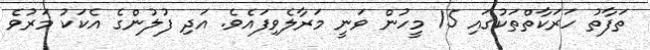
ތަފާތު ހަރަކާތްތަކުގައި 15 މީހުން ވަނީ މަރާލެވިފައެވެ. އަދި ފުލުންގެ އެކަކު މަރުވެ